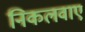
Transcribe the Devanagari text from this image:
निकलवाए